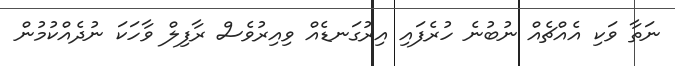
ނަތާ ވަކި އެއްޗެއް ނުބުނެ ހުރެފައި އިރުގަނޑެއް ވިއިރުވެސް ރާފިލް ވާހަކަ ނުދެއްކުމުން